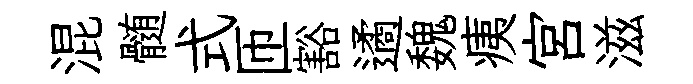
混髄式匝豁遹魏痍宮滋